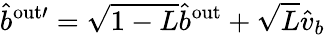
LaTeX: \hat{b}^{\mathrm{{out}\prime}}=\sqrt{1-L}\hat{b}^{\mathrm{{out}}}+\sqrt{L}\hat{v}_{b}